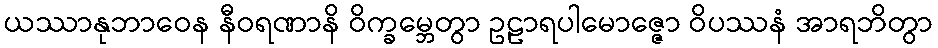
ယဿာနုဘာဝေန နီဝရဏာနိ ဝိက္ခမ္ဘေတွာ ဥဠာရပါမောဇ္ဇော ဝိပဿနံ အာရဘိတွာ